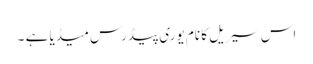
اس سیریل کا نام یوری پیڈرس میڈیا ہے ۔